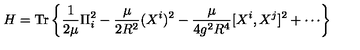
H = \mathrm { T r } \left\{ \frac { 1 } { 2 \mu } \Pi _ { i } ^ { 2 } - \frac { \mu } { 2 R ^ { 2 } } ( X ^ { i } ) ^ { 2 } - \frac { \mu } { 4 g ^ { 2 } R ^ { 4 } } [ X ^ { i } , X ^ { j } ] ^ { 2 } + \cdots \right\}